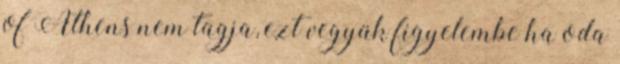
of Athens nem tagja, ezt vegyük figyelembe ha oda